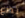
تضع